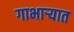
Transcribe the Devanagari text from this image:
गाभार्‍यात